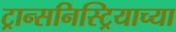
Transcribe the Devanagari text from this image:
ट्रान्सनिस्ट्रियाच्या